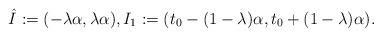
LaTeX: \begin{align*}\hat I:= (-\lambda \alpha,\lambda \alpha), I_1:= (t_0-(1-\lambda) \alpha,t_0+(1-\lambda) \alpha).\end{align*}